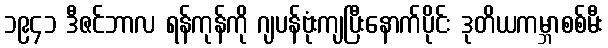
၁၉၄၁ ဒီဇင်ဘာလ ရန်ကုန်ကို ဂျပန်ဗုံးကျပြီးနောက်ပိုင်း ဒုတိယကမ္ဘာစစ်မီး